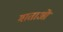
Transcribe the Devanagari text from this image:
माताआें